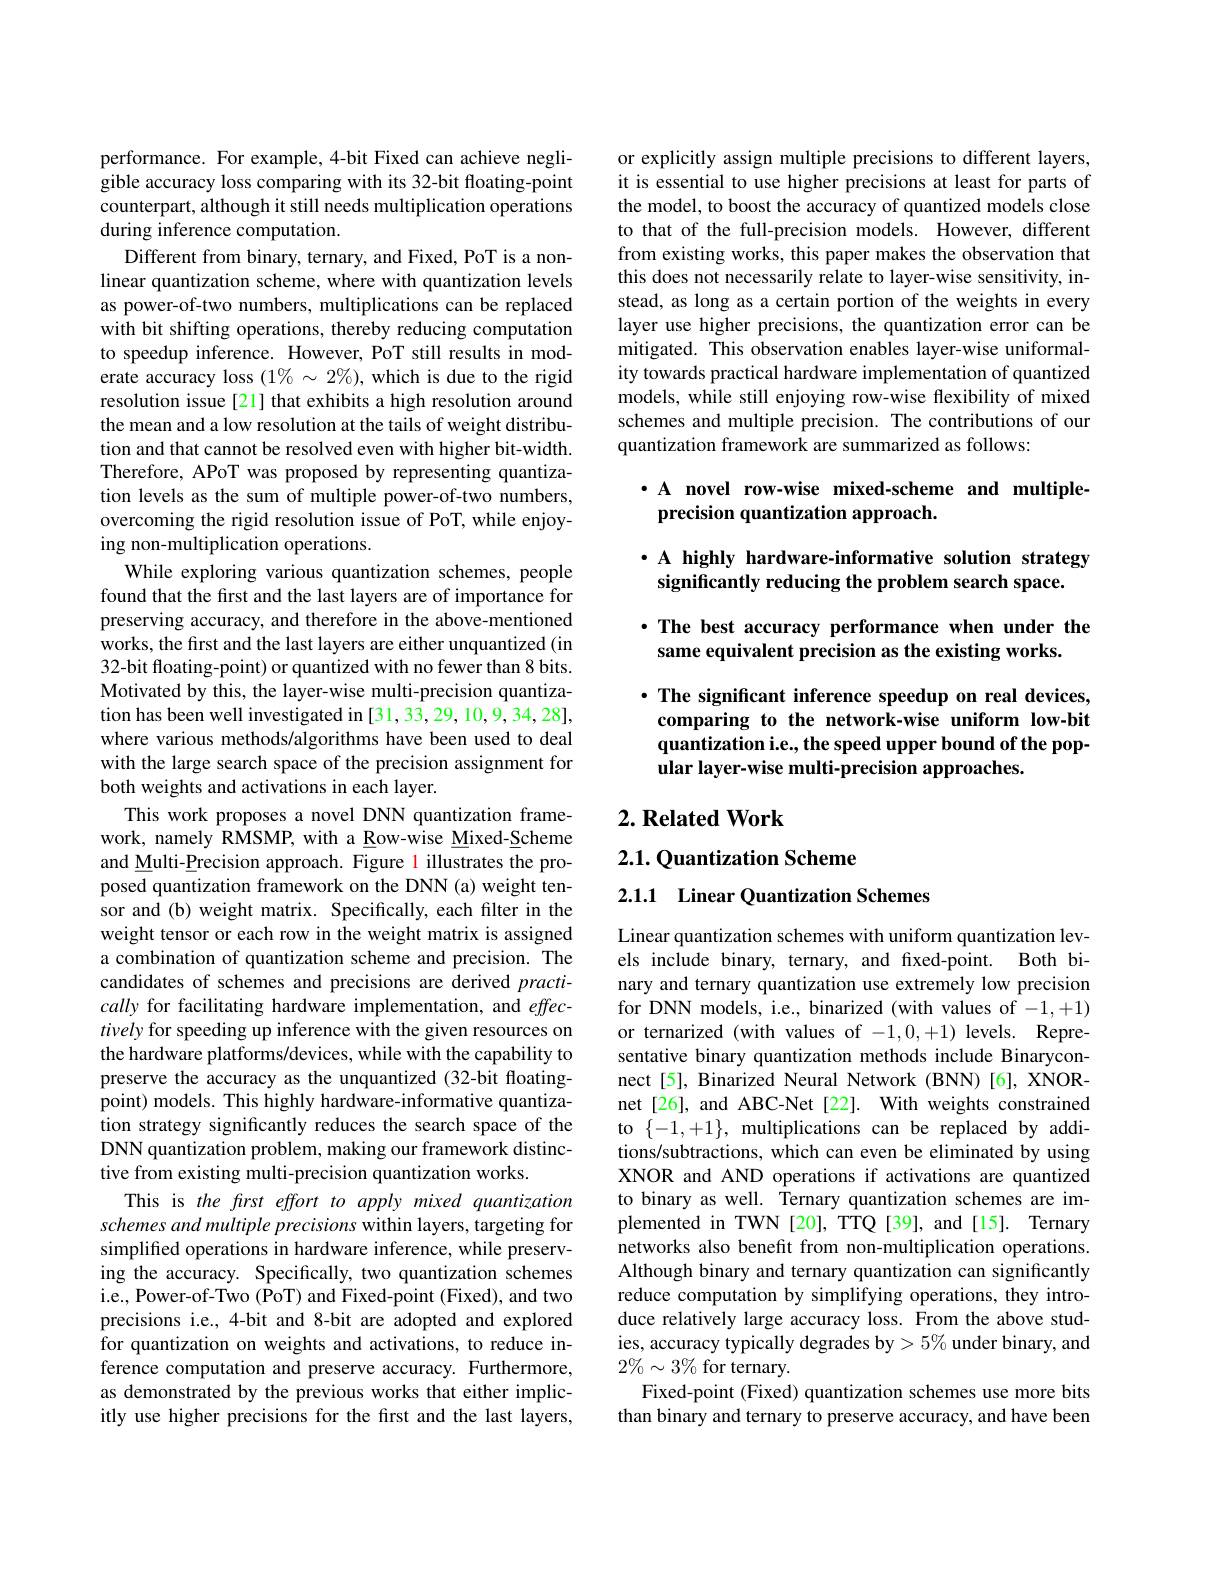
performance. For example, 4-bit Fixed can achieve negligible accuracy loss comparing with its 32-bit floating-point counterpart, although it still needs multiplication operations during inference computation.
Different from binary, ternary, and Fixed, PoT is a nonlinear quantization scheme, where with quantization levels as power-of-two numbers, multiplications can be replaced with bit shifting operations, thereby reducing computation to speedup inference. However, PoT still results in moderate accuracy loss $(1\%\sim2\%)$, which is due to the rigid resolution issue[21] that exhibits a high resolution around the mean and a low resolution at the tails of weight distribution and that cannot be resolved even with higher bit-width. Therefore, APoT was proposed by representing quantization levels as the sum of multiple power-of-two numbers, overcoming the rigid resolution issue of PoT, while enjoying non-multiplication operations.
While exploring various quantization schemes, people found that the frst and the last layers are of importance for preserving accuracy, and therefore in the above-mentioned works, the first and the last layers are either unquantized (in 32-bit floating-point) or quantized with no fewer than 8 bits. Motivated by this, the layer-wise multi-precision quantization has been well investigated in [31, 33, 29, 10,9, 34, 28], where various methods/algorithms have been used to deal with the large search space of the precision assignment for both weights and activations in each layer.
This work proposes a novel DNN quantization framework, namely RMSMP, with a Row-wise Mixed-Scheme and Multi-Precision approach. Figure l illustrates the proposed quantization framework on the DNN (a) weight tensor and (b) weight matrix. Specifically, each filter in the weight tensor or each row in the weight matrix is assigned a combination of quantization scheme and precision. The candidates of schemes and precisions are derived $practi-$ cally for facilitating hardware implementation, and effectively for speeding up inference with the given resources on the hardware platforms/devices, while with the capability to preserve the accuracy as the unquantized (32-bit floatingpoint) models. This highly hardware-informative quantization strategy significantly reduces the search space of the DNN quantization problem, making our framework distinctive from existing multi-precision quantization works.
This is the frst effort to apply mixed quantization schemes and multiple precisions within layers, targeting for simplified operations in hardware inference, while preserving the accuracy. Specifically, two quantization schemes i.e., Power-of-Two (PoT) and Fixed-point (Fixed), and two precisions i.e., 4-bit and 8-bit are adopted and explored for quantization on weights and activations, to reduce inference computation and preserve accuracy. Furthermore, as demonstrated by the previous works that either implicitly use higher precisions for the first and the last layers,

or explicitly assign multiple precisions to different layers, it is essential to use higher precisions at least for parts of the model, to boost the accuracy of quantized models close to that of the full-precision models. However, different from existing works, this paper makes the observation that this does not necessarily relate to layer-wise sensitivity, instead, as long as a certain portion of the weights in every layer use higher precisions, the quantization error can be mitigated. This observation enables layer-wise uniformality towards practical hardware implementation of quantized models, while still enjoying row-wise flexibility of mixed schemes and multiple precision. The contributions of our quantization framework are summarized as follows:

## $\cdot$ A novel row-wise mixed-scheme and multipleprecision quantization approach.

# ·A highly hardware-informative solution strategy significantly reducing the problem search space.

# ·The best accuracy performance when under the same equivalent precision as the existing works.

$\cdot$ The significant inference speedup on real devices, comparing to the network-wise uniform low-bit quantization i.e., the speed upper bound of the popular layer-wise multi-precision approaches.

## $2. \textbf{ Related Work}$

## 2.1. Quantization Scheme
2.1.1 Linear Quantization Schemes

Linear quantization schemes with uniform quantization levels include binary, ternary, and fxed-point. Both binary and ternary quantization use extremely low precision for DNN models, i.e., binarized (with values of -1,+1) or ternarized (with values of -1,0,+1) levels. Representative binary quantization methods include Binaryconnect[5], Binarized Neural Network (BNN) [6], XNORnet[26], and ABC-Net[22]. With weights constrained to $\{-1,+1\}$, multiplications can be replaced by additions/subtractions, which can even be eliminated by using XNOR and AND operations if activations are quantized to binary as well. Ternary quantization schemes are implemented in TWN[20], TTQ[39], and[15]. Ternary networks also benefit from non-multiplication operations. Although binary and ternary quantization can significantly reduce computation by simplifying operations, they introduce relatively large accuracy loss. From the above studies, accuracy typically degrades by> 5% under binary, and $2\%\sim3\%$ for ternary.
Fixed-point (Fixed) quantization schemes use more bits than binary and ternary to preserve accuracy, and have been